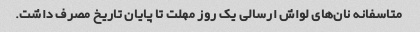
متاسفانه نان‌های لواش ارسالی یک روز مهلت تا پایان تاریخ مصرف داشت.